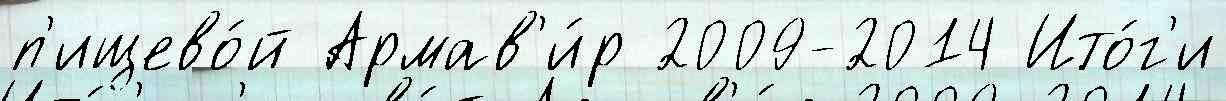
п'ищево́й Армав'и́р 2009-2014 Ито́г'и